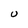
Character: U